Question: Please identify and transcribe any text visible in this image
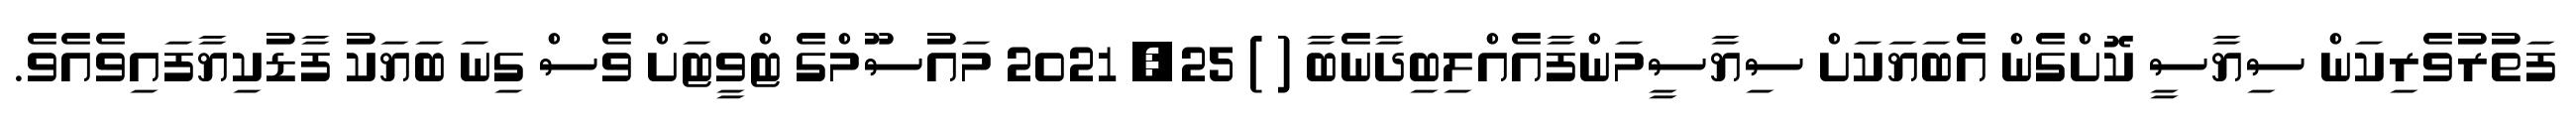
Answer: ފަތުރުވެރިކަން ސިޔާސީ ކޮށްގެން އެބަޔަކަށް ސިޔާސީމަންފާއެއްލިބިދާނެބާ ( ) 25, 2021 މައުސޫމްގެ ޓްވީޓަށް ވެސް ގިނަ ބަޔަކު ފާޑުކިޔާފައިވެއެވެ.